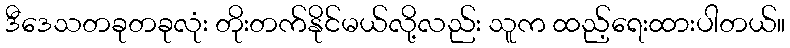
ဒီဒေသတခုတခုလုံး တိုးတက်နိုင်မယ်လို့လည်း သူက ထည့်ရေးထားပါတယ်။